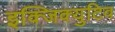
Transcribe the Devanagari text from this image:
इक्जिक्युटिव